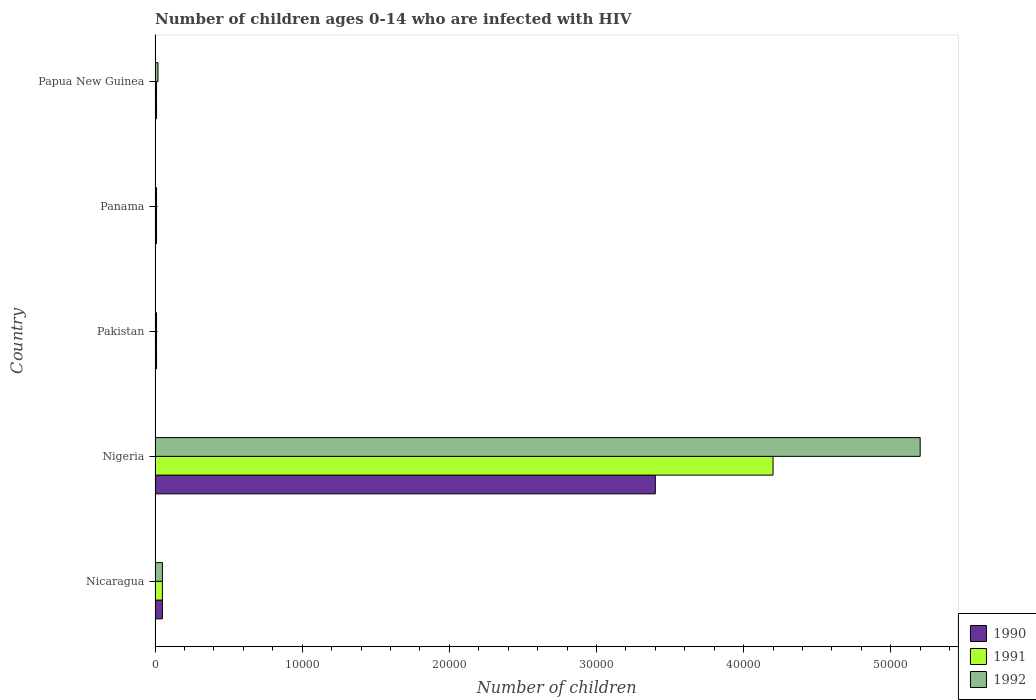
| Country | 1990 | 1991 | 1992 |
 | --- | --- | --- | --- |
 | Nicaragua | 500 | 500 | 500 |
 | Nigeria | 3.4e+04 | 4.2e+04 | 5.2e+04 |
 | Pakistan | 100 | 100 | 100 |
 | Panama | 100 | 100 | 100 |
 | Papua New Guinea | 100 | 100 | 200 |